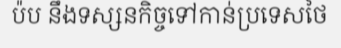
ប៉ប នឹងទស្សនកិច្ចទៅកាន់ប្រទេសថៃ